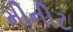
મીનીટ